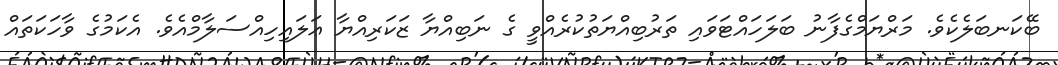
ބޭކަނބަލެކެވެ. މަރްޔަމްގެފާނު ބަލަހައްޓަވައި ތަރުބިއްޔަތުކުރެއްވީ ގެ ނަބިއްޔާ ޒަކަރިއްޔާ ޢަލައިހިއްސަލާމްއެވެ. އެކަމުގެ ވާހަކަތައް